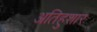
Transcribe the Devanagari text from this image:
अतिहुशार